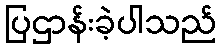
ပြဌာန်းခဲ့ပါသည်